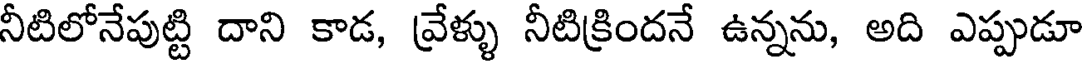
నీటిలోనేపుట్టి దాని కాడ, వ్రేళ్ళు నీటిక్రిందనే ఉన్నను, అది ఎప్పుడూ